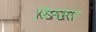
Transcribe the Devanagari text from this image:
थिमइया